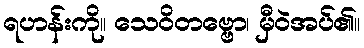
ရဟန်းကို။ သေဝိတဗ္ဗော၊ မှီဝဲအပ်၏။